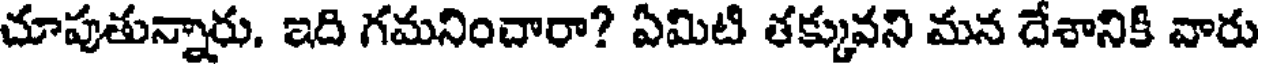
చూపుతున్నారు. ఇది గమనించారా? ఏమిటి తక్కువని మన దేశానికి వారు